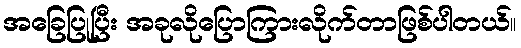
အခြေပြုပြီး အခုလိုပြောကြားလိုက်တာဖြစ်ပါတယ်။